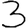
Digit: 3